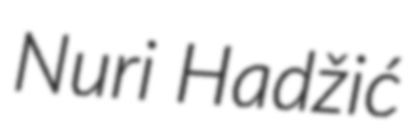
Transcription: Nuri Hadžić